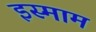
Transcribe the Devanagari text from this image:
इस्माम